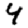
Digit: 4